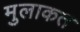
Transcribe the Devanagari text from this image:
मुलाकत